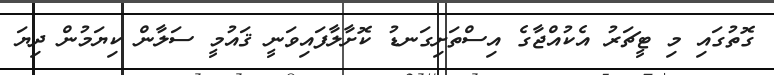
ގޮތުގައި މި ޓީޗަރު އެކުއްޖާގެ އިސްތަށިގަނޑު ކޮށާލާފައިވަނީ ޤައުމީ ސަލާން ކިޔަމުން ދިޔަ